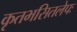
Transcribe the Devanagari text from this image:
कृतभसितलेपः